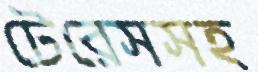
টেরেসসহ